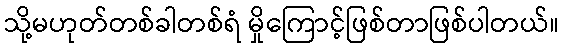
သို့မဟုတ်တစ်ခါတစ်ရံ မှိုကြောင့်ဖြစ်တာဖြစ်ပါတယ်။